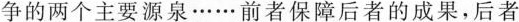
的两个主要源泉……前者保障后者的成果，后者